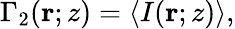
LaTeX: \begin{array}{r}{\Gamma_{2}(\mathbf{r};z)=\left\langle I(\mathbf{r};z)\right\rangle,}\end{array}